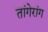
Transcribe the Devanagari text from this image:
तांगेरांग